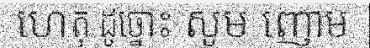
ហេតុ ដូច្នោះ សូម ញោម